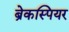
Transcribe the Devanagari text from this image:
ब्रेकस्पियर